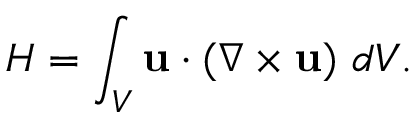
{ \cal { H } } = \int _ { V } { \bf { u } } \cdot ( \nabla \times { \bf { u } } ) \ d V .